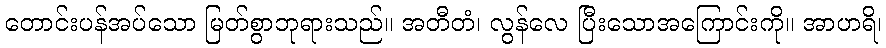
တောင်းပန်အပ်သော မြတ်စွာဘုရားသည်။ အတီတံ၊ လွန်လေ ပြီးသောအကြောင်းကို။ အာဟရိ၊